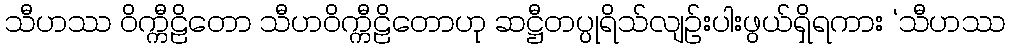
သီဟဿ ဝိက္ကီဠိတော သီဟဝိက္ကီဠိတောဟု ဆဋ္ဌီတပ္ပုရိသ်လျဉ်းပါးဖွယ်ရှိရကား ‘သီဟဿ